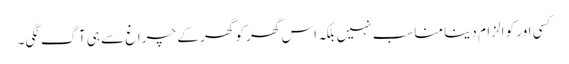
کسی اور کو الزام دینا مناسب نہیں بلکہ اس گھر کو گھر کے چراغ سے ہی آگ لگی۔